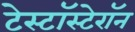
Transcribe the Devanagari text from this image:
टेस्टॉस्टेरॉन